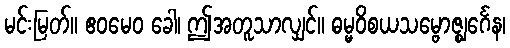
မင်းမြတ်။ ဧဝမေဝ ခေါ၊ ဤအတူသာလျှင်။ ဓမ္မဝိစယသမ္ဗောဇ္ဈင်္ဂေန၊